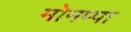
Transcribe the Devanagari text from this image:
मोनप्पा